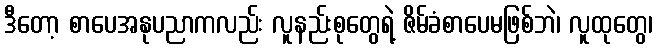
ဒီတော့ စာပေအနုပညာကလည်း လူနည်းစုတွေရဲ့ ဇိမ်ခံစာပေမဖြစ်ဘဲ၊ လူထုတွေ၊